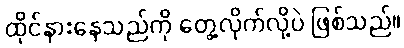
ထိုင်နားနေသည်ကို တွေ့လိုက်လို့ပဲ ဖြစ်သည်။